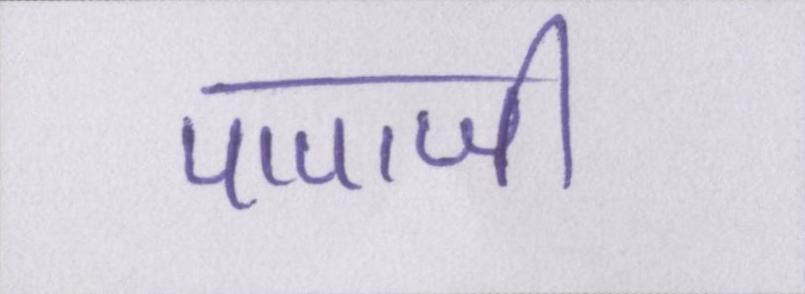
पापाजी